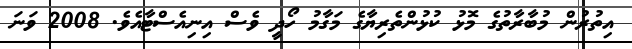
އިތުރުން މުބާރާތުގެ މޮޅު ކުޅުންތެރިޔާގެ މަގާމު ހޯދީ ވެސް އިނިއެސްޓާއެވެ. 2008 ވަނަ